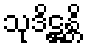
သုဒိဋ္ဌန္တိ